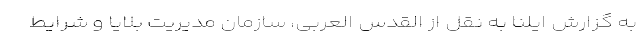
به گزارش ایلنا به نقل از القدس العربی، سازمان مدیریت بلایا و شرایط